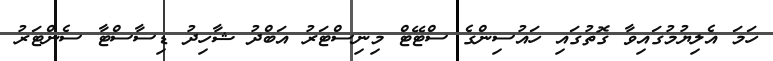
ހަމަ އެލިޔުމުގައިވާ ގޮތުގައި ހައުސިންގެ ސްޓޭޓް މިނިސްޓަރު އަބްދު ޝާހިދު ޑިސާސްޓާ ސެންޓަރު